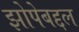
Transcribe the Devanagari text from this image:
झोपेबद्दल